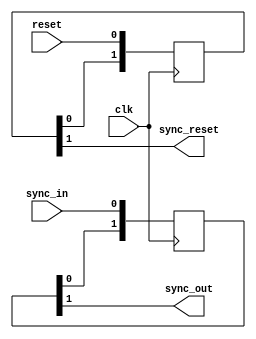
module input_synch
(
	input wire clk,
	input wire reset,
	output wire sync_reset,
	input wire sync_in,
	output wire sync_out
);
	reg [1:0] chain0, chain1;
	
	always @ (posedge clk)
	begin
		chain0[1:0] <= {chain0[0], reset};
		chain1[1:0] <= {chain1[0], sync_in};
	end	

	assign sync_reset = (chain0[1]);
	assign sync_out	= (chain1[1]);
	
endmodule